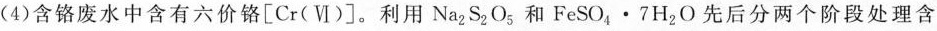
(4)含铬废水中含有六价铬[Cr(Ⅵ)]。利用Na_{2}S_{2}O_{3}和FeSO_{4}·7H_{2}O先后分两个阶段处理含